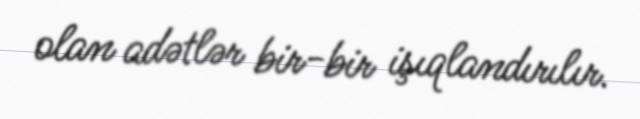
olan adətlər bir-bir işıqlandırılır.